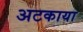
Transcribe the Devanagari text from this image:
अटकाया